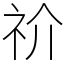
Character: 祄